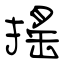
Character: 搖